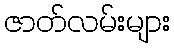
ဇာတ်လမ်းများ